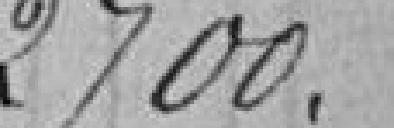
2.700